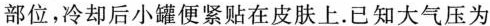
部位，冷却后小罐便紧贴在皮肤上。已知大气压为